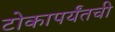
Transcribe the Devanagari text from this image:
टोकापर्यंतची